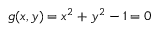
g ( x , y ) = x ^ { 2 } + y ^ { 2 } - 1 = 0